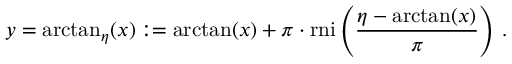
y = \arctan _ { \eta } ( x ) : = \arctan ( x ) + \pi \cdot \operatorname { r n i } \left( { \frac { \eta - \arctan ( x ) } { \pi } } \right) \, .